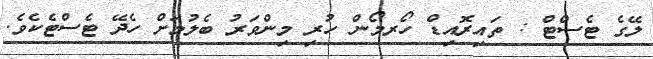
ލޭގެ ޓެސްޓް : ތައިރޮއިޑް ހޯރމޯން ހުރި މިންވަރު ބެލުމަށް ހެދޭ ޓެސްޓެކެވެ.